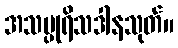
အသပ္ပုရိသဒါနသုတ်။